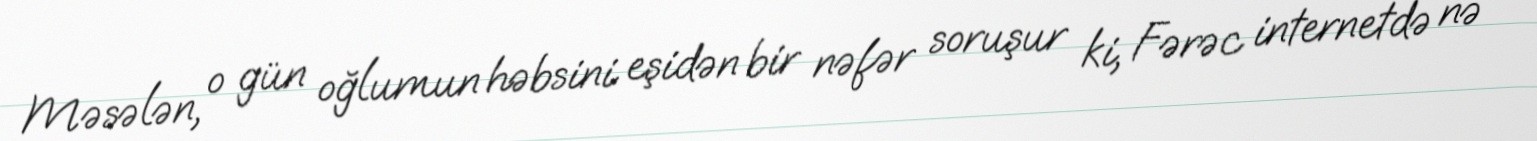
Məsələn, o gün oğlumun həbsini eşidən bir nəfər soruşur ki, Fərəc internetdə nə